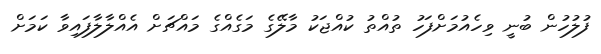
ފުލުހުން ބުނީ ވިހެއުމަށްފަހު ތުއްތު ކުއްޖަކު މާލޭގެ މަގެއްގެ މައްޗަށް އެއްލާލާފައިވާ ކަމަށް